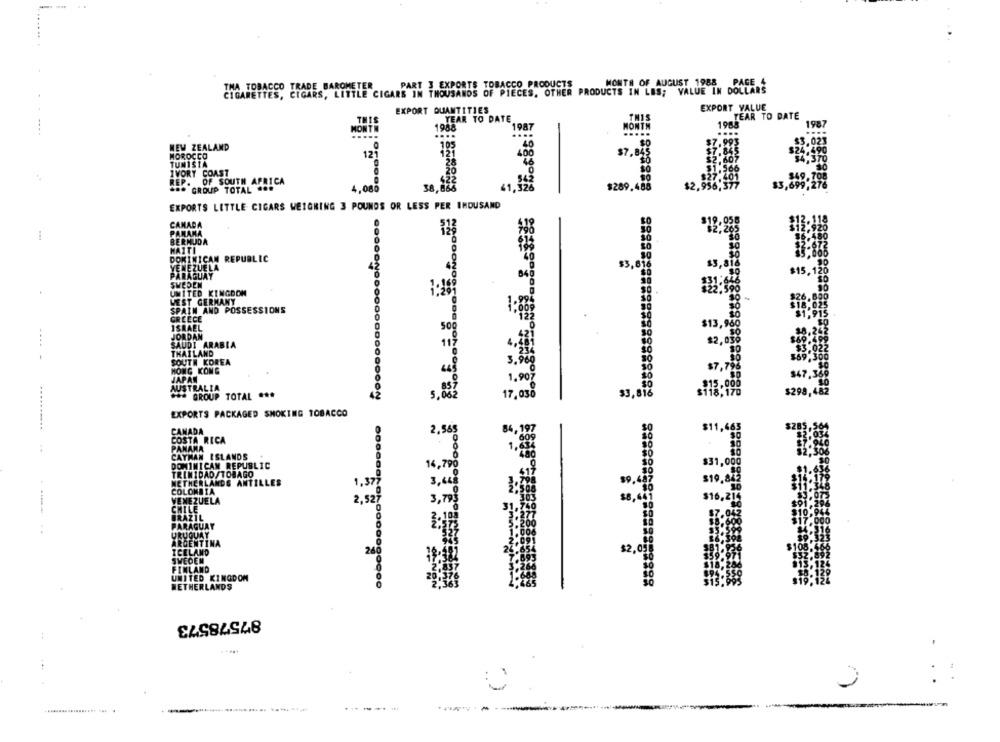
PART 3 EXPORTS TOBACCO PRODUCTS
MONTH OF AUGUST 1988 PAGE 4
THA TOBACCO TRADE BAROMETER
CIGARETTES, CIGARS, LITTLE CIGARS IN THOUSANDS OF PIECES. OTHER PRODUCTS IN LES; VALUE IN DOLLARS
EXPORT QUANTITIES
EXPORT VALUE
TEAR TO DATE
TE
1985
NEW ZEALAND
MOROCCO
TUNISIA
IVORY COAST
149.7
REP. OF SOUTH AFRICA
$2.
$3,699;27
... GROUP TOTAL ...
4,088
EXPORTS LITTLE CIGARS WEIGHING 3 POUNDS OR LESS PER INDUSAND
CAMADA
9,95
PANAMA
BERMUDA
HAITI
DOMINICAN REPUBLIC
VENEZUELA
PARAGUAY
$15,
SWEDEN
UNITED KINGDOM
WEST GERMANY
SPAIN AND POSSESSIONS
GREECE
ISRAEL
JORDAN
SAUDI ARABIA
THAILAND
SOUTH KOREA
HONG KONG
JAPAN
$7,7
347;
1.90%
AUSTRALIA
$3,816
$299,4
GROUP TOTAL ***
17,030
EXPORTS PACKAGED SMOKING TOBACCO
CANADA
2,565
COSTA RICA
PANAMA
CAYMAN ISLANDS
DOMINICAN REPUBLIC
14,79%
TRINIDAD/TOBAGO
NETHERLANDS ANTILLES
3,62
COLOMBIA
VENEZUELA
2,52
3,70
CHILE
BRAZIL
PARAGUAY
URUGUAY
ICELAND
ARGENTINA
SWEDEN
FINLAND
UNITED KINGDOM
NETHERLANDS
87578573